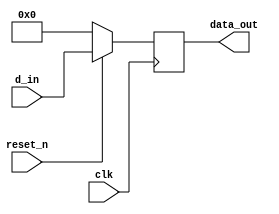
`timescale 1ns / 1ps
//////////////////////////////////////////////////////////////////////////////////
// Company: 
// Engineer: 
// 
// Design Name: 
// Module Name: lab80_8bit_register
// Project Name: 
// Target Devices: 
// Tool Versions: 
// Description: 
// 
// Dependencies: 
// 
// Revision:
// Revision 0.01 - File Created
// Additional Comments:
// 
//////////////////////////////////////////////////////////////////////////////////



//rtl code to design 8 bit register in which we are including active low synchronous reset using `define compilation technique.

`define INCLUDE_RESET
module lab80_8bit_register(
                            input [7:0] d_in,
                            input clk,
                            `ifdef INCLUDE_RESET
                            input reset_n,
                            `endif
                            output reg [7:0] data_out
                            );
always@(posedge clk)
    begin
        `ifdef INCLUDE_RESET
            if(!reset_n)
            data_out <= 8'b0;
        `endif
            else
            data_out <= d_in;
    end

endmodule